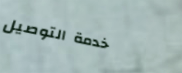
خدمة التوصيل